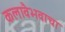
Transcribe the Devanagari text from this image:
कलावैभवाचा